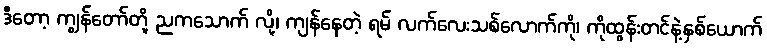
ဒီတော့ ကျွန်တော်တို့ ညကသောက် လို့၊ ကျန်နေတဲ့ ရမ် လက်လေးသစ်လောက်ကို၊ ကိုထွန်းတင်နဲ့နှစ်ယောက်